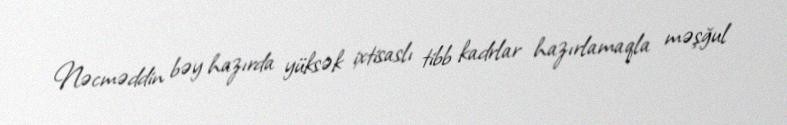
Nəcməddin bəy hazırda yüksək ixtisaslı tibb kadrlar hazırlamaqla məşğul